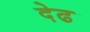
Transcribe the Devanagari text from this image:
देढ